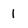
Character: 1